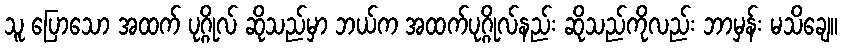
သူ ပြောသော အထက် ပုဂ္ဂိုလ် ဆိုသည်မှာ ဘယ်က အထက်ပုဂ္ဂိုလ်နည်း ဆိုသည်ကိုလည်း ဘာမှန်း မသိချေ။